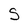
Character: S